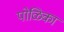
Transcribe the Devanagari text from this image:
पोळिका